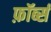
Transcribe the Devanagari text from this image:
फ़ॉर्ब्स